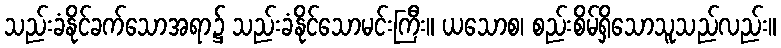
သည်းခံနိုင်ခက်သောအရာ၌ သည်းခံနိုင်သောမင်းကြီး။ ယသောစ၊ စည်းစိမ်ရှိသောသူသည်လည်း။